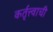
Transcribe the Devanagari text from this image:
कर्तृत्त्वाची